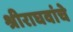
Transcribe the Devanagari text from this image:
श्रीराघवांचे